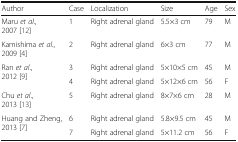
<table><thead><tr><td><b>Author</b></td><td><b>Case</b></td><td><b>Localization</b></td><td><b>Size</b></td><td><b>Age</b></td><td><b>Sex</b></td></tr></thead><tbody><tr><td>Maru <i>et al</i>., 2007 [12]</td><td>1</td><td>Right adrenal gland</td><td>5.5×3 cm</td><td>79</td><td>M</td></tr><tr><td>Kamishima <i>et al</i>., 2009 [4]</td><td>2</td><td>Right adrenal gland</td><td>6×3 cm</td><td>77</td><td>M</td></tr><tr><td rowspan="2">Ran <i>et al</i>., 2012 [9]</td><td>3</td><td>Right adrenal gland</td><td>5×10×5 cm</td><td>45</td><td>M</td></tr><tr><td>4</td><td>Right adrenal gland</td><td>5×12×6 cm</td><td>56</td><td>F</td></tr><tr><td>Chu <i>et al</i>., 2013 [13]</td><td>5</td><td>Right adrenal gland</td><td>8×7×6 cm</td><td>28</td><td>M</td></tr><tr><td rowspan="2">Huang and Zheng, 2013 [7]</td><td>6</td><td>Right adrenal gland</td><td>5.8×9.5 cm</td><td>45</td><td>M</td></tr><tr><td>7</td><td>Right adrenal gland</td><td>5×11.2 cm</td><td>56</td><td>F</td></tr></tbody></table>